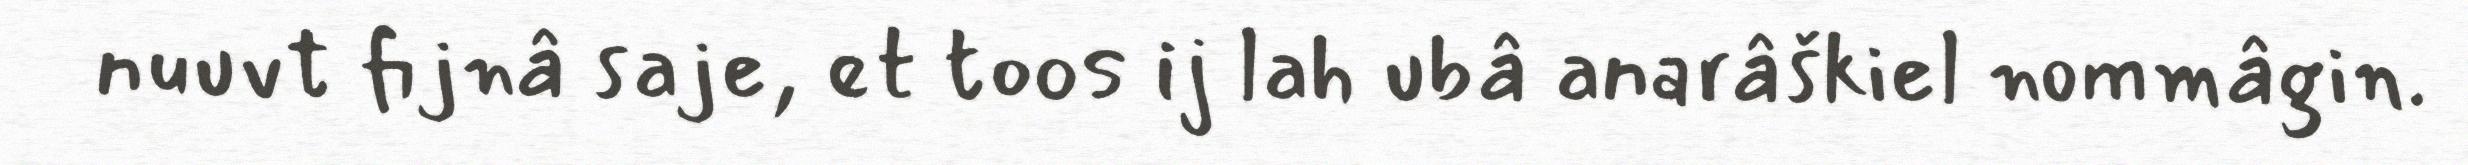
nuuvt fijnâ saje, et toos ij lah ubâ anarâškiel nommâgin.